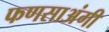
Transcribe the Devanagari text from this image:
फणसाअंगी